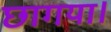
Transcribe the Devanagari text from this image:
छागया।